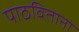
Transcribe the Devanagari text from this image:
पाठविताना